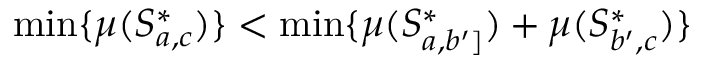
\operatorname* { m i n } \{ \mu ( S _ { a , c } ^ { * } ) \} < \operatorname* { m i n } \{ \mu ( S _ { a , b ^ { \prime } ] } ^ { * } ) + \mu ( S _ { b ^ { \prime } , c } ^ { * } ) \}